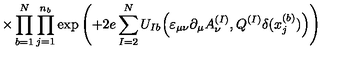
\times \prod _ { b = 1 } ^ { N } \prod _ { j = 1 } ^ { n _ { b } } \exp \left( + 2 e \sum _ { I = 2 } ^ { N } U _ { I b } \Big ( \varepsilon _ { \mu \nu } \partial _ { \mu } A _ { \nu } ^ { ( I ) } , Q ^ { ( I ) } \delta ( x _ { j } ^ { ( b ) } ) \Big ) \right)